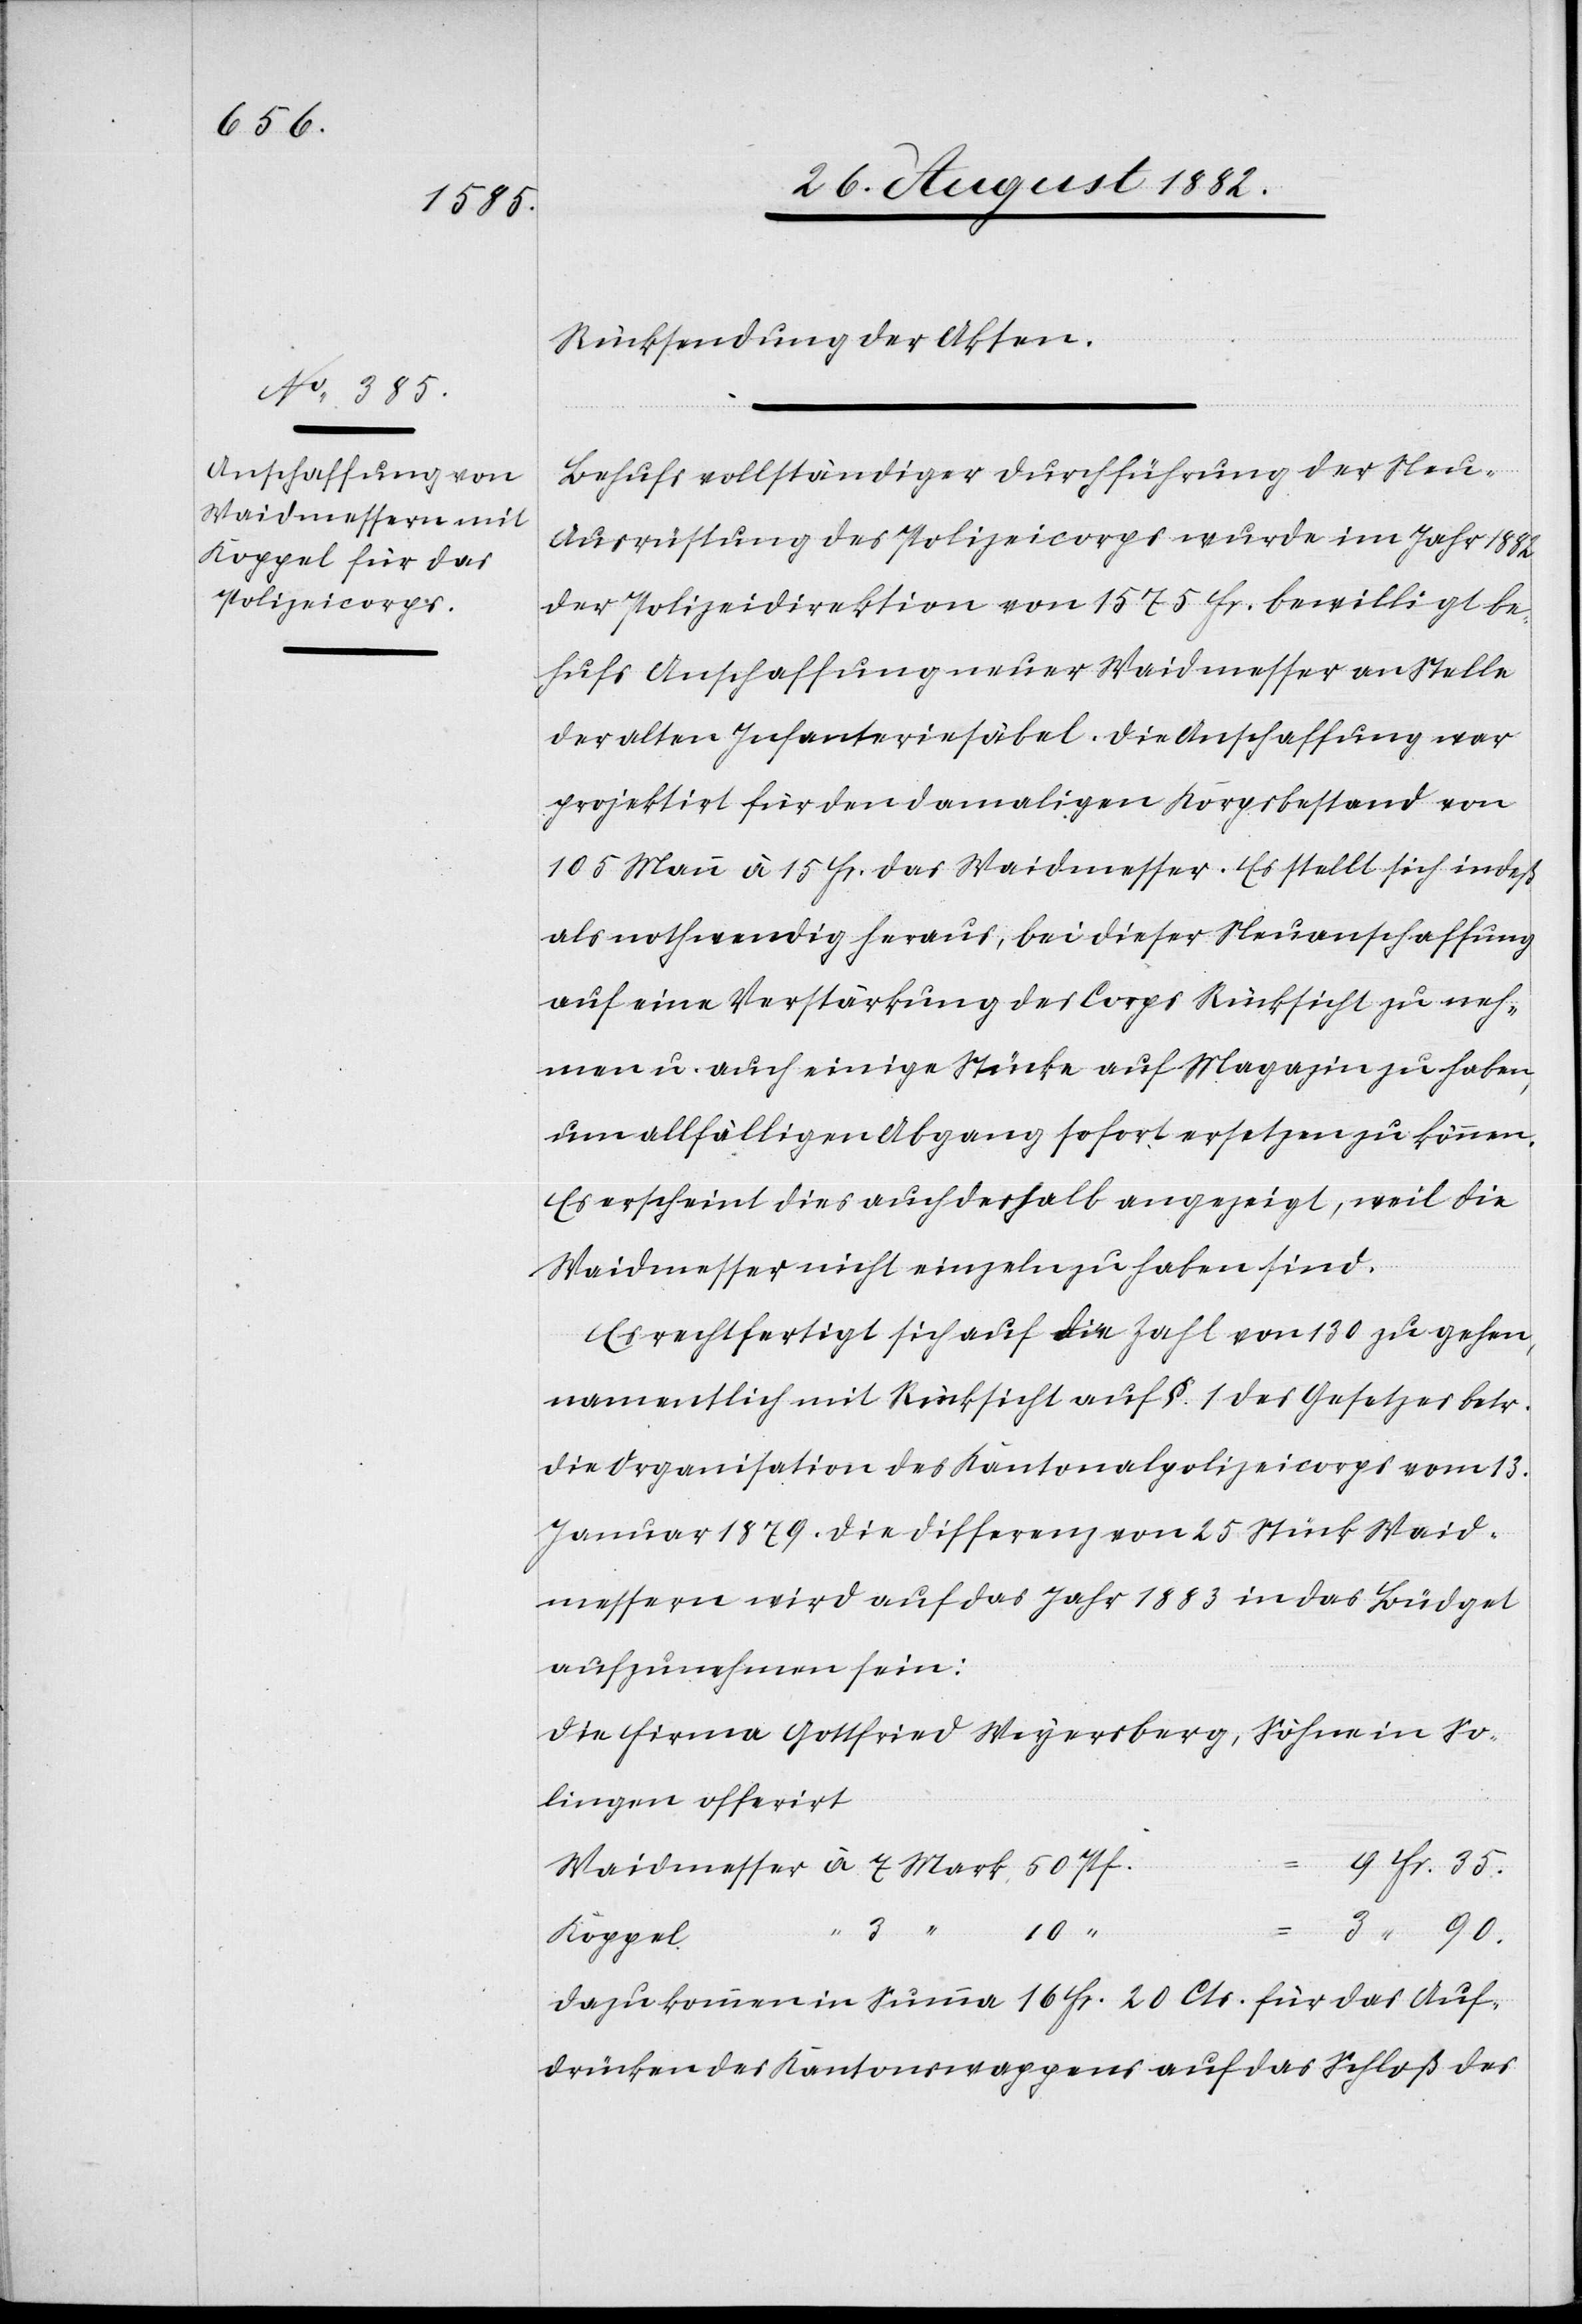
Mark

Rücksendung der Akten.
Behufs vollständiger Durchführung der Neu-A¬
usrüstung des Polizeicorps wurde im Jahr 1882
der Polizeidirektion [ein Kredit] von 1575 Fr. bewilligt be¬
hufs Anschaffung neuer Waidmesser an Stelle
der alten Infanteriesäbel. Die Anschaffung war
projektirt für den damaligen Korpsbestand von
105 Mann à 15 Fr. das Waidmesser. Es stellt sich indeß
als nothwendig heraus, bei dieser Neuanschaffung
auf eine Verstärkung des Corps Rücksicht zu neh¬
men u. auch einige Stücke auf Magazin zu haben,
um allfälligen Abgang sofort ersetzen zu können.
Es erscheint dies auch deshalb angezeigt, weil die
Waidmesser nicht einzeln zu haben sind.
Es rechtfertigt sich auf die Zahl von 130 zu gehen,
namentlich mit Rücksicht auf §. 1 des Gesetzes betr.
die Organisation des Kantonalpolizeicorps vom 13.
Januar 1879. Die Differenz von 25 Stück Waid¬
messern wird auf das Jahr 1883 in das Büdget
aufzunehmen sein:
Die Firma Gottfried Weyersberg, Söhne in So¬
lingen offerirt
“
90.
Koppel
dazu kommen in Summa 16 Fr. 20 Cts. für das Auf¬
drücken des Kantonswappens auf das Schloß des